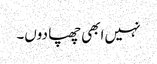
نہیں ابھی چھپا دوں۔